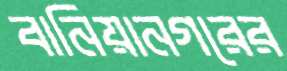
বানিয়ানগরের